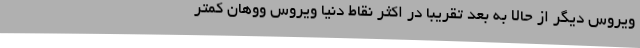
ویروس دیگر از حالا به بعد تقریبا در اکثر نقاط دنیا ویروس ووهان کمتر